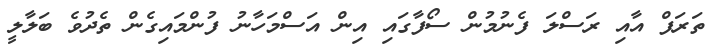
ތަރަފް އާއި ރަސްލަ ފެނުމުން ސޯފާގައި އިން އަސްމަހާނު ފުންމައިގެން ތެދުވެ ބަލާލީ